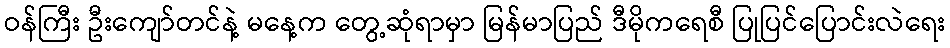
ဝန်ကြီး ဦးကျော်တင်နဲ့ မနေ့က တွေ့ဆုံရာမှာ မြန်မာပြည် ဒီမိုကရေစီ ပြုပြင်ပြောင်းလဲရေး